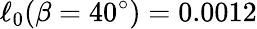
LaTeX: \ell_{0}(\beta=40^{\circ})=0.0012